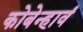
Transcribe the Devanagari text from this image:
कोबेन्हावं